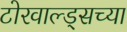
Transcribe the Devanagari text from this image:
टोरवाल्ड्सच्या